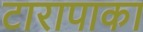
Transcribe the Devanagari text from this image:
टारापाका